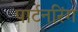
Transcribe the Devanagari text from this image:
पार्टनरिंग